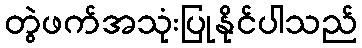
တွဲဖက်အသုံးပြုနိုင်ပါသည်